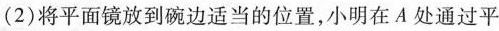
(2)将平面镜放到碗边适当的位置，小明在A处通过平